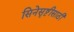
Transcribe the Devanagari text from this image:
सिनेसृष्टीसाठी